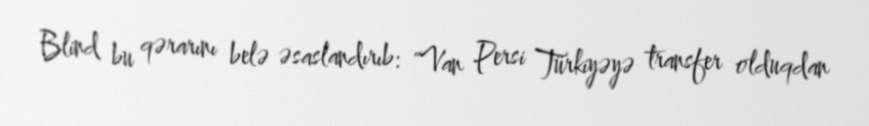
Blind bu qərarını belə əsaslandırıb: "Van Persi Türkiyəyə transfer olduqdan